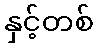
နှင့်တစ်